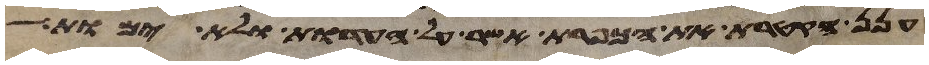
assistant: ענן הקטרת את הכפרת אשר על העדות ולא ימות